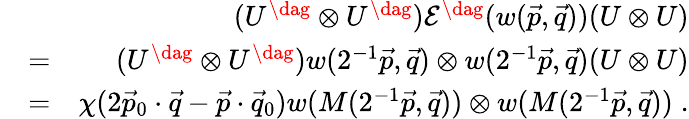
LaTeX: \begin{array}{rlr}&{}&{(U^{\dag}\otimes U^{\dag})\mathcal{E}^{\dag}(w(\vec{p},\vec{q}))(U\otimes U)}\\ &{=}&{(U^{\dag}\otimes U^{\dag})w(2^{-1}\vec{p},\vec{q})\otimes w(2^{-1}\vec{p},\vec{q})(U\otimes U)}\\ &{=}&{\chi(2\vec{p}_{0}\cdot\vec{q}-\vec{p}\cdot\vec{q}_{0})w(M(2^{-1}\vec{p},\vec{q}))\otimes w(M(2^{-1}\vec{p},\vec{q}))\; .}\end{array}